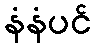
နံနံပင်